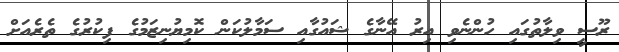
ރޫސީ ވިލާތުގައި ހުންނެވި އިރު އޭނާގެ ޝައުގާއި ސަމާލުކަން ކޮމިޔުނިޒަމުގެ ފިކުރުގެ ތެރެއަށް